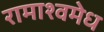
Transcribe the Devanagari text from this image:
रामाश्वमेध